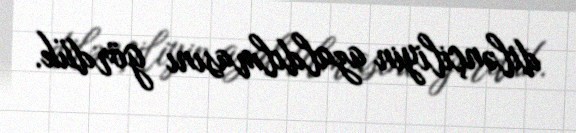
dilənçiliyin azaldılmasını gördük.